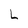
Character: L